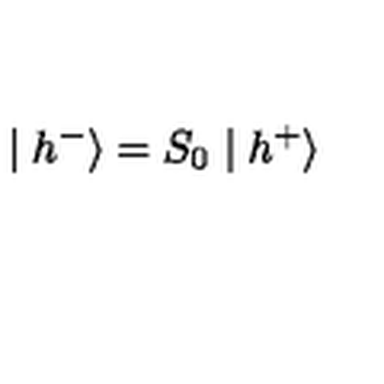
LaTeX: \mid h ^ { - } \rangle = S _ { 0 } \mid h ^ { + } \rangle